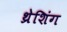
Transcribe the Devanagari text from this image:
थ्रेशिंग